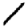
Digit: 1